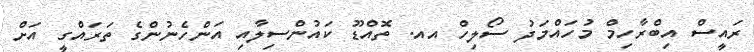
ރައީސް އިބްރާހިމް މުހައްމަދު ސޯލިހް އއ. ތޮއްޑޫ ކައުންސިލާއި އަންހެނުންގެ ތަރައްގީ އަށް